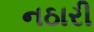
નઠારી